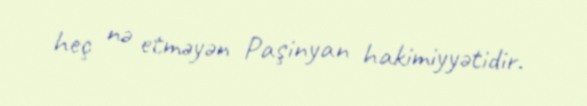
heç nə etməyən Paşinyan hakimiyyətidir.